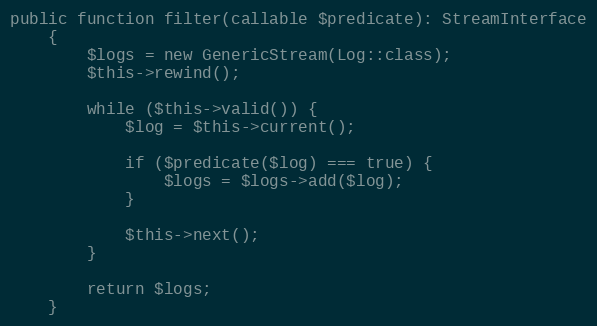
Language: PHP
public function filter(callable $predicate): StreamInterface
    {
        $logs = new GenericStream(Log::class);
        $this->rewind();

        while ($this->valid()) {
            $log = $this->current();

            if ($predicate($log) === true) {
                $logs = $logs->add($log);
            }

            $this->next();
        }

        return $logs;
    }